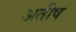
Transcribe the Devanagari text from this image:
अतीष